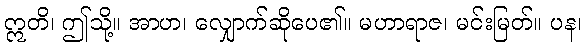
ဣတိ၊ ဤသို့။ အာဟ၊ လျှောက်ဆိုပေ၏။ မဟာရာဇ၊ မင်းမြတ်။ ပန၊